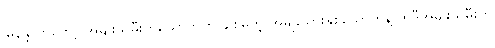
မြနန္ဒာကတော့ အမျိုးသမီးတယောက်ကို ချစ်မိတဲ့ အမျိုးသားနှစ်ယောက်နဲ့ အဲဒီအမျိုးသမီးက